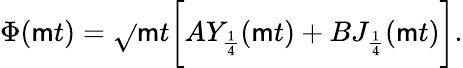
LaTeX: \Phi(\mathsf{m}t)=\sqrt{}{{\mathsf{m}t}}\biggl[AY_{\frac{{1}}{{4}}}(\mathsf{m}t)+BJ_{\frac{{1}}{{4}}}(\mathsf{m}t)\biggr].